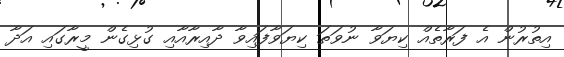
އިތުރުން އެ ފަރާތެއް ކިޔަވާ ނުވަތަ ކިޔަވާފައިވާ ދާއިރާއާއި ގުޅިގެން މީރާގައި އަދާ